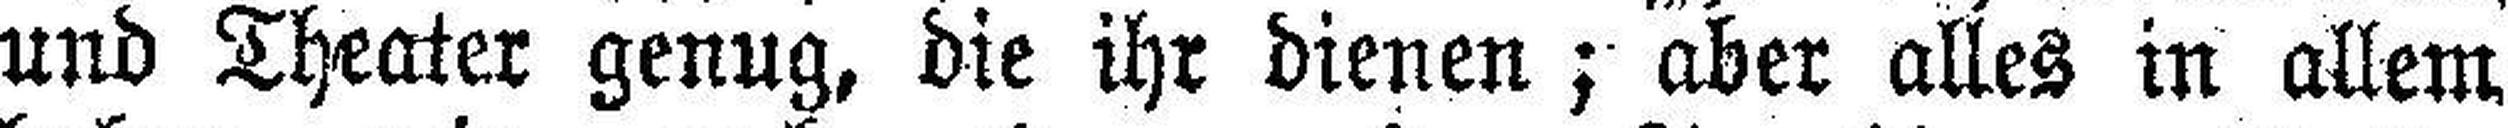
und Theater genug, die ihr dienen; aber alles in allem